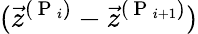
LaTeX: (\vec{z}^{(\mathrm{~P~}_{i})}-\vec{z}^{(\mathrm{~P~}_{i+1})})